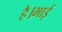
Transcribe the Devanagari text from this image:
है।भाई